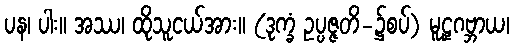
ပန၊ ပါး။ အဿ၊ ထိုသူငယ်အား။ (ဒုက္ခံ ဥပ္ပဇ္ဇတိ-၌စပ်) မူဠှဂဗ္ဘာယ၊